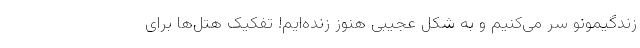
زندگیمونو سر می‌کنیم و به شکل عجیبی هنوز زنده‌ایم! تفکیک هتل‌ها برای